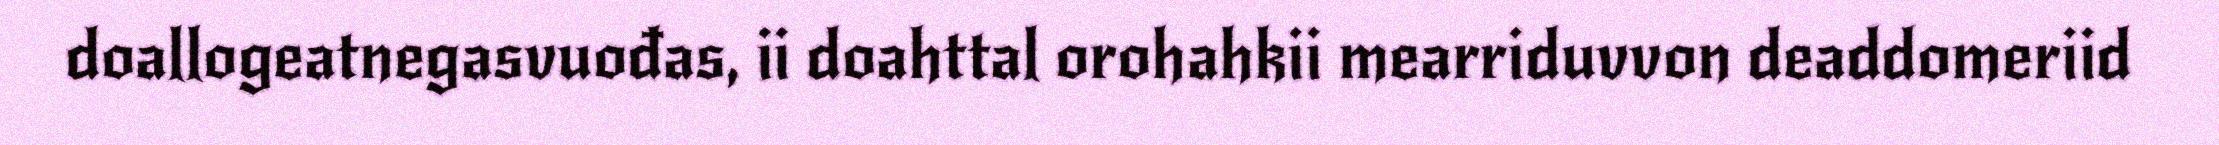
doallogeatnegasvuođas, ii doahttal orohahkii mearriduvvon deaddomeriid